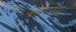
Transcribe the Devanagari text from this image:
कल्पनागत